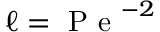
\ell = \mathrm { ~ P ~ e ~ } ^ { - 2 }